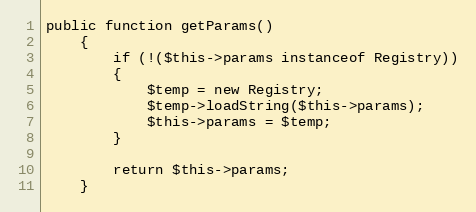
Language: PHP
public function getParams()
	{
		if (!($this->params instanceof Registry))
		{
			$temp = new Registry;
			$temp->loadString($this->params);
			$this->params = $temp;
		}

		return $this->params;
	}